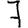
Digit: 7